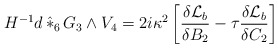
\begin{align*}H^{-1} d \, \hat{*}_6 \, G_3 \wedge V_4 = 2i \kappa^2 \left[\frac{\delta {\cal {L}}_b}{\delta B_2} - \tau \frac{\delta {\cal{L}}_b}{\delta C_2} \right]\end{align*}